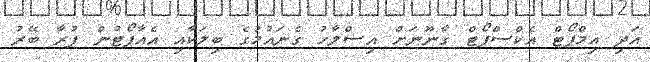
އަދި އިމްޕޯޓް އެކްސްޕޯޓް ގާނޫނަށް އިސްލާހު ގެނައުމުގެ ބިލަކާއި އެއާޕޯޓުން ފުރާ ބޭރު